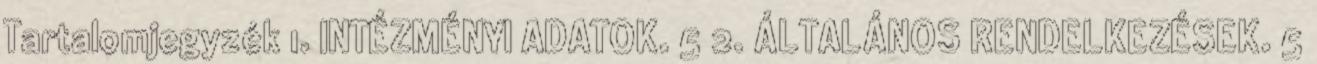
Tartalomjegyzék 1. INTÉZMÉNYI ADATOK. 5 2. ÁLTALÁNOS RENDELKEZÉSEK. 5